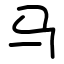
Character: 马